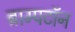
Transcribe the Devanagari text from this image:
ब्राम्पटॉन